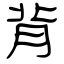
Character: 背